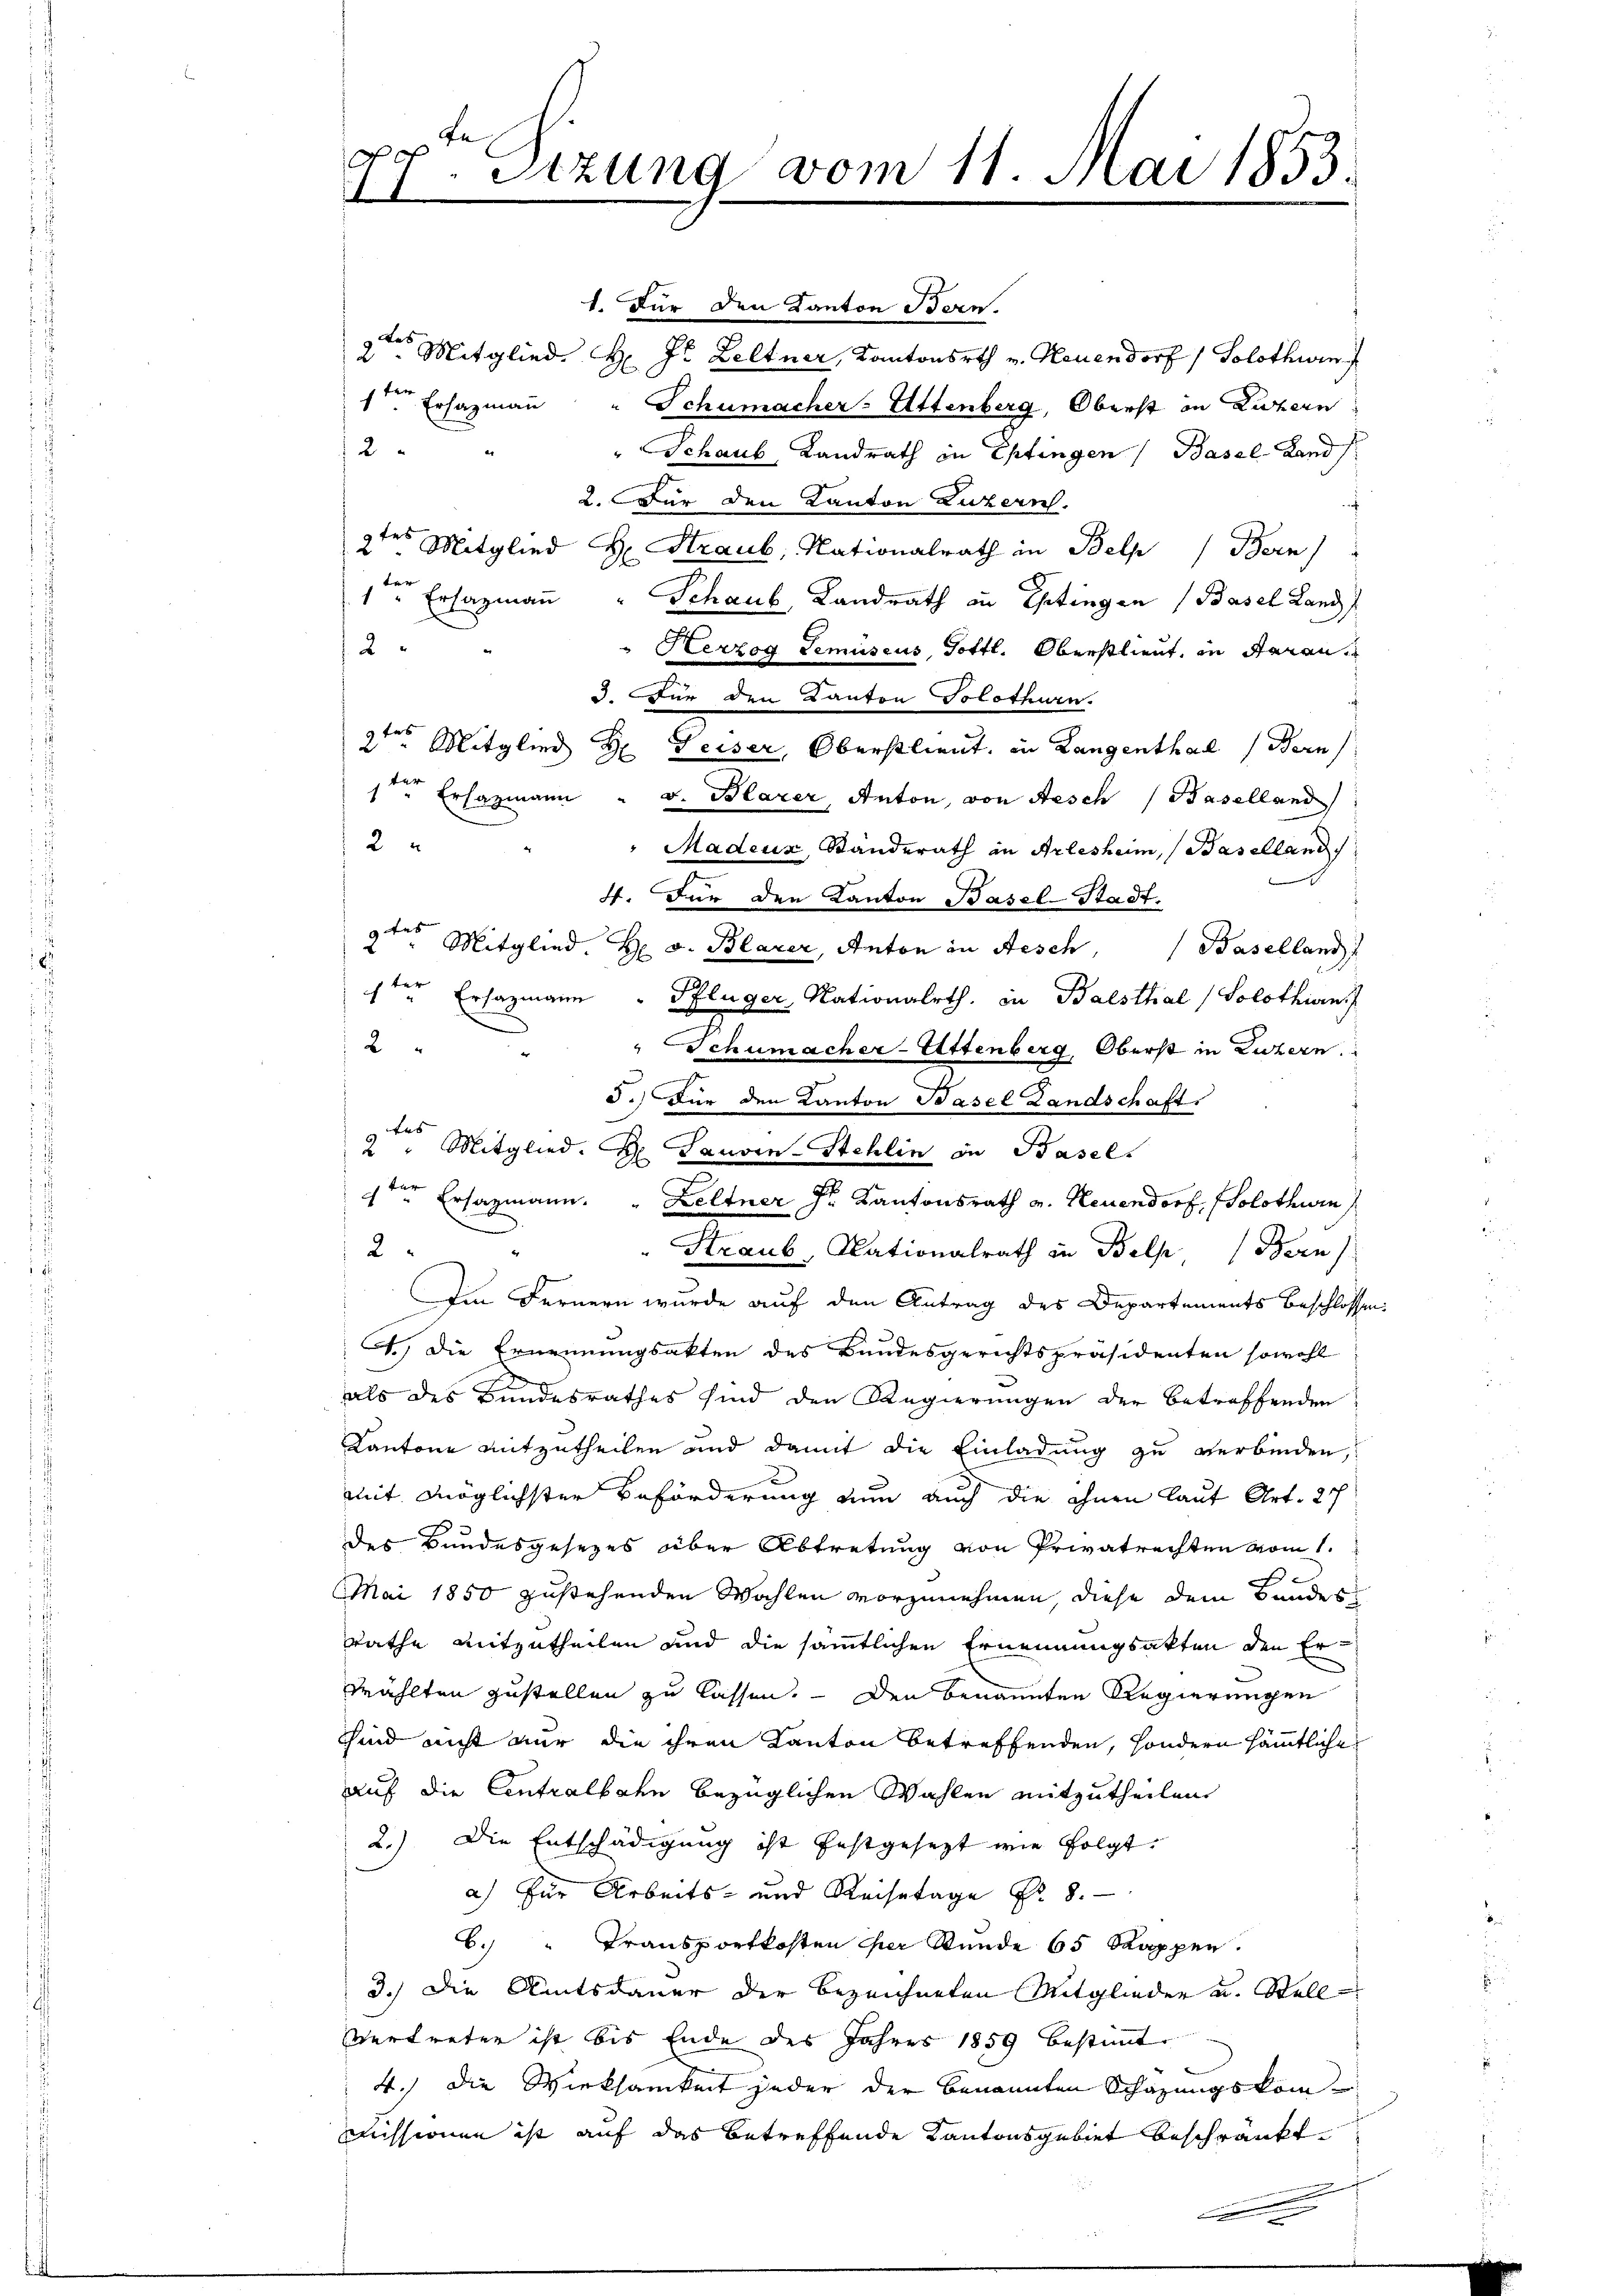
1. Für den Kanton Bern.
2tes Mitglied H Jl. Zeltner, Kantonsrth v. Neuendorf (Solothurn
ver
1ten Erhazmann
Schumacher-Attenberg, Oberst in Zuzern
2x
" Schaub, Landrath in Eptingen (Basel-Land
2. Der den Kanton Luzern.
f
2ten Mitglied  Straub, Nationalrath in Belp) Bern)
ter
1 " Ersazmaṅ " Schaub, Landrath an Ehrtingen (Basel Land
2
" Herzog Lemuseus, Gottl. Oberstlieut, in daran¬
I. Für den Kanton Solothurn.
2ten Mitglied H. Geiser, Oberstlieut, in Langenthal (Bern
1ten Ersazmann - u. Blarer, Anton, von Aesch (Baselland
2
Madeuz, Standerath in Arlesheim, (Baselland
. Für den Kanton Basel-Stadt.
9 tes
" Mitglied.
H v. Blarer, Anton in Aesch Baselland
f fer
Ersazmann
1
Pflüger, Nationalrth, in Balsthal) Solothin
2
" Schumacher-Attenberg, Oberst in Zuckern.
s
5.) Für den Kanton Basel Landschaft.
.
2 " Mitglied. H. Tauvin-Stehlin in Basel.
1ten Ersatzmann. " Leltner Dr. Kantonsrath v. Neuendorf, Solothwen
2
Straub, Nationalrath in Belp (Bern)
 Im Fernern wurde auf den Antrag des Departements beschlossen:
C.) Die Ernennungsakten des Bundesgerichtspräsidenten sowohl
als des Bundesrathes sind den Regierŭngen der betreffenden
Kantone mitzutheilen und damit die Einladung zu verbinden,
mit möglichster Beförderung nun auch die ohnen laut Art. 27
des Bundesgesezes über Abtretung von Privatrechten vom 1.
.
Mai 1850 zustehenden Wahlen vorzunehmen, diese dem Bundes
Rathe mitzutheilen und die sämmtlichen Ernennungsakten den Erwählten zustellen zu lassen. — Den benannten Regierungen
Sind nicht nur die ihren Kanton betreffenden, sondern sämmtliche
auf die Centralbahn bezüglichen Wahlen mitzutheilen.
2.) Die Entschädigung ist festgesezt wie folgt.
a) für Arbeits- und Reisetage No. 8.
6.) " Transportkosten per Stunde 65 Rappen.
3.) Die Amtsdauer der bezeichneten Mitglieder u. Stell¬
Vertreten ist bis Ende des Jahres 1859 bestimmt
4.) Die Wirksamkeit jeder der benannten Schazungskommissionen ist auf das betreffende Kantonsgebiet beschränkt.
e

D
Sizung vom 11. Mai 1853.
1